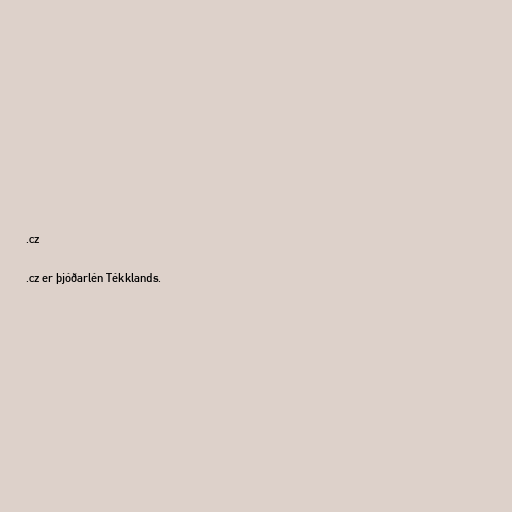
.cz

.cz er þjóðarlén Tékklands.